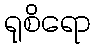
ရုစိရော